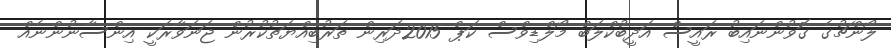
ލޯންޗުގެ ގޮވުންނައިބު ރައީސް އަދީބުކްލަބް މޯލްޑިވްސް ކަޕް 2015ދަރިން ތަރުބިއްޔަތުކުރުން ޖަނަވާރަކީ އިންސާނުންނެއް